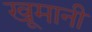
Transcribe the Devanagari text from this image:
खूमानी